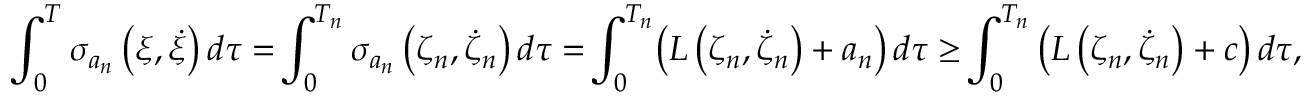
\int _ { 0 } ^ { T } \sigma _ { a _ { n } } \left( \xi , \dot { \xi } \right) d \tau = \! \int _ { 0 } ^ { T _ { n } } \sigma _ { a _ { n } } \left( \zeta _ { n } , \dot { \zeta } _ { n } \right) d \tau = \! \int _ { 0 } ^ { T _ { n } } \! \left( L \left( \zeta _ { n } , \dot { \zeta } _ { n } \right) + a _ { n } \right) d \tau \ge \! \int _ { 0 } ^ { T _ { n } } \left( L \left( \zeta _ { n } , \dot { \zeta } _ { n } \right) + c \right) d \tau ,